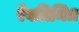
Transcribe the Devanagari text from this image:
रेवतिमित्र